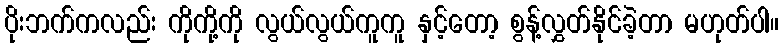
ပိုးဘက်ကလည်း ကိုကို့ကို လွယ်လွယ်ကူကူ နှင့်တော့ စွန့်လွှတ်နိုင်ခဲ့တာ မဟုတ်ပါ။